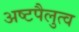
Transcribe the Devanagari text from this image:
अष्टपैलुत्व